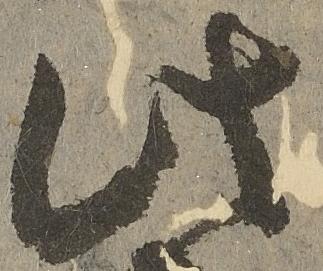
此